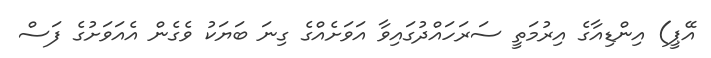
އޭޕީ) އިންޑިއާގެ އިރުމަތީ ސަރަހައްދުގައިވާ އަވަށެއްގެ ގިނަ ބަޔަކު ވެގެން އެއަވަށުގެ ފަސް